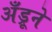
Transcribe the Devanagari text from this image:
अँड्रूने